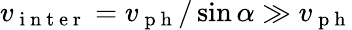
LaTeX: v_{\mathrm{~i~n~t~e~r~}}=v_{\mathrm{~p~h~}}/\sin\alpha\gg v_{\mathrm{~p~h~}}